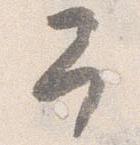
予